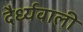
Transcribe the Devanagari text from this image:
दैर्ध्यवाली